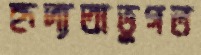
হৃদ্যতাভুগল